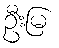
ဦးမြ